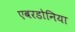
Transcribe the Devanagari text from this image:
एबरडोनिया